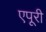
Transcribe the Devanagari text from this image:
एपूरी